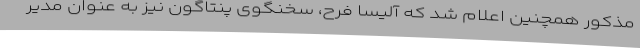
مذکور همچنین اعلام شد که آلیسا فرح، سخنگوی پنتاگون نیز به عنوان مدیر